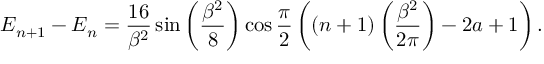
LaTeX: { \cal E } _ { n + 1 } - { \cal E } _ { n } = \frac { 1 6 } { \beta ^ { 2 } } \sin \left( \frac { \beta ^ { 2 } } { 8 } \right) \cos \frac { \pi } { 2 } \left( \left( n + 1 \right) \left( \frac { \beta ^ { 2 } } { 2 \pi } \right) - 2 a + 1 \right) .